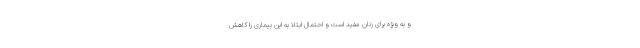
و به ویژه برای زنان مفید است و احتمال ابتلا به این بیماری را کاهش